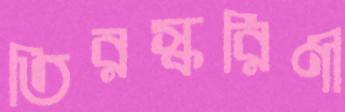
তিরস্করিণী